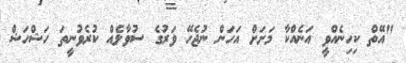
"އޭތް ކިހިނެއްވީ އަނެއްކާ މަށަށް އަހަން ނުޖެހޭ ވަރުގެ ސުވާލެއް ކުރެވުނީތަ ހަޝްހަޝް